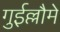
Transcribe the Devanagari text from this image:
गुईल्लौमे